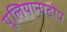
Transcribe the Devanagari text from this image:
यूलियानाटोप